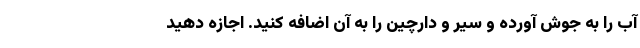
آب را به جوش آورده و سیر و دارچین را به آن اضافه کنید. اجازه دهید